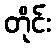
တိုင်း